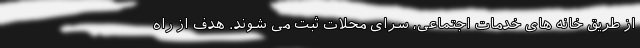
از طریق خانه های خدمات اجتماعی، سرای محلات ثبت می شوند. هدف از راه